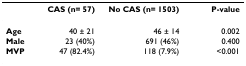
<table><thead><tr><td></td><td><b>CAS (n= 57)</b></td><td><b>No CAS (n= 1503)</b></td><td><b>P-value</b></td></tr></thead><tbody><tr><td><b>Age</b></td><td>40 ± 21</td><td>46 ± 14</td><td>0.002</td></tr><tr><td><b>Male</b></td><td>23 (40%)</td><td>691 (46%)</td><td>0.400</td></tr><tr><td><b>MVP</b></td><td>47 (82.4%)</td><td>118 (7.9%)</td><td>&lt;0.001</td></tr></tbody></table>